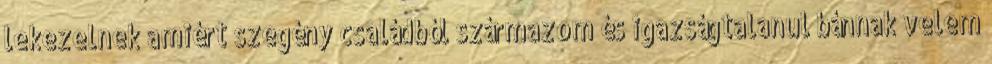
lekezelnek amiért szegény családból származom és igazságtalanul bánnak velem